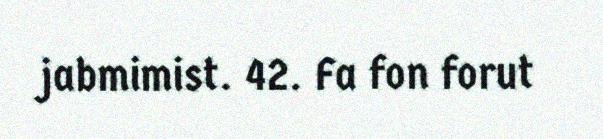
jabmimist. 42. Fa fon forut